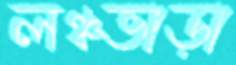
লঞ্চভাড়া